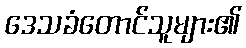
ဒေသခံတောင်သူများ၏